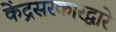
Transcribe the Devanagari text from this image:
केंद्रसरकारद्वारे